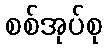
စစ်အုပ်စု